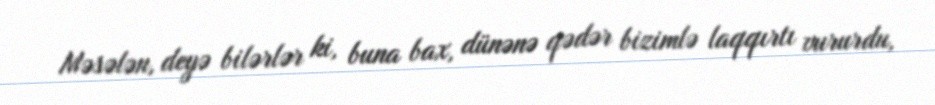
Məsələn, deyə bilərlər ki, buna bax, dünənə qədər bizimlə laqqırtı vururdu,